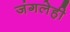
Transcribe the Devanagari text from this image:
जंगलेही